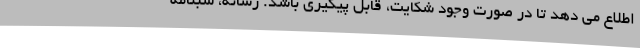
اطلاع می دهد تا در صورت وجود شکایت، قابل پیگیری باشد. رسانه، شبنامه